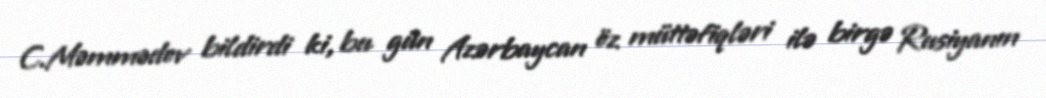
C.Məmmədov bildirdi ki, bu gün Azərbaycan öz müttəfiqləri ilə birgə Rusiyanın